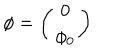
\phi = \left( \begin{array} { c } { { 0 } } \\ { { \phi _ { 0 } } } \\ \end{array} \right)